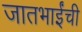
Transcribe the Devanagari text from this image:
जातभाईंची